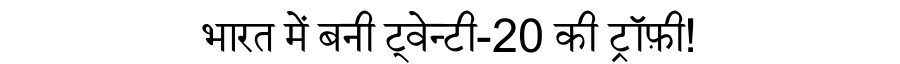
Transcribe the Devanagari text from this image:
भारत में बनी ट्वेन्टी-20 की ट्रॉफ़ी!